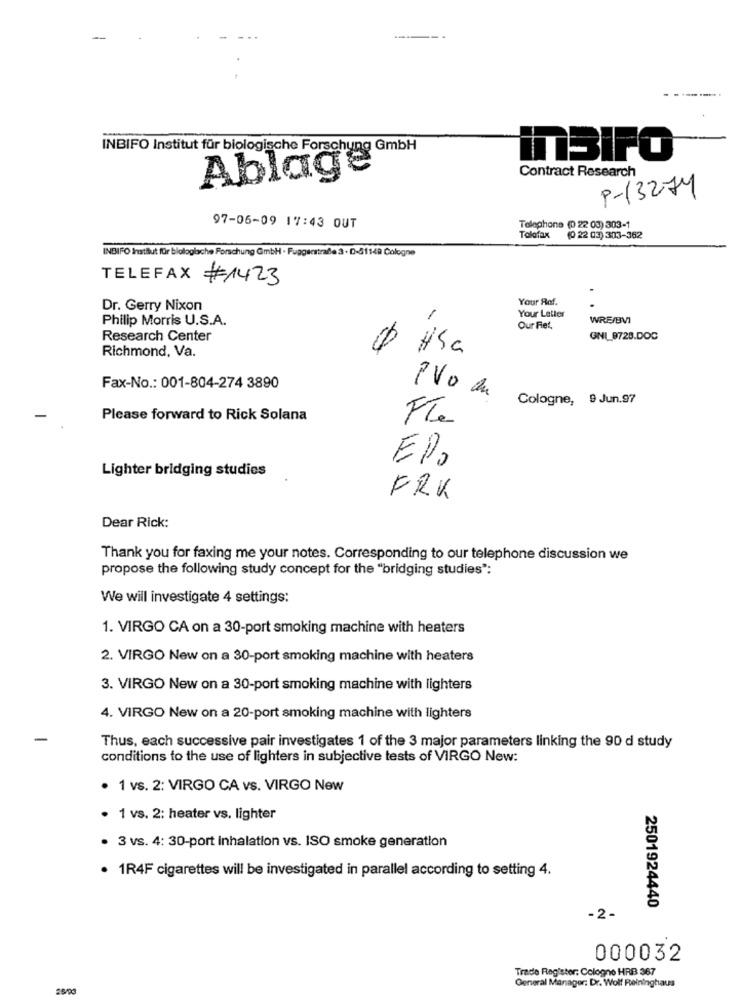
INBIFO Institut für biologische Forschung GmbH
inBIFO
Ablage
Contract Research
9-13274
97-06-09 17:43 OUT
Telephone (0 22 03) 303-1
Tolofax
(0 22 03) 303-362
INBIFO Institut für biologlache Forschung GmbH · Fuggerstraße 3 · D-51149 Cologne
TELEFAX #1423
Your Rof.
Dr. Gerry Nixon
Your Letter
Philip Morris U.S.A.
WREIBVI
Our Fiet.
Research Center
GNI_9728.DOC
Richmond, Va.
HSa
Fax-No .: 001-804-274 3890
PVo de
Cologne, 9 Jun.97
Please forward to Rick Solana
Fle
EP,
Lighter bridging studies
FRK
Dear Rick:
Thank you for faxing me your notes. Corresponding to our telephone discussion we
propose the following study concept for the "bridging studies":
We will investigate 4 settings:
1. VIRGO CA on a 30-port smoking machine with heaters
2. VIRGO New on a 30-port smoking machine with heaters
3. VIRGO New on a 30-port smoking machine with lighters
4. VIRGO New on a 20-port smoking machine with lighters
Thus, each successive pair investigates 1 of the 3 major parameters linking the 90 d study
conditions to the use of lighters in subjective tests of VIRGO New:
· 1 vs. 2: VIRGO CA vs. VIRGO New
1 vs. 2: heater vs. lighter
3 vs. 4: 30-port inhalation vs. ISO smoke generation
· 1R4F cigarettes will be investigated in parallel according to setting 4.
2501924440
- 2-
000032
Trade Register: Cologno HRB 367
General Manager: Dr. Wolf Relninghaus